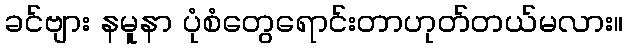
ခင်ဗျား နမူနာ ပုံစံတွေရောင်းတာဟုတ်တယ်မလား။